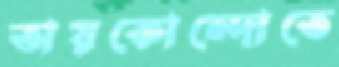
তায়কোন্দোতে